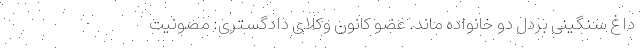
داغ سنگینی بردل دو خانواده ماند. عضو کانون وکلای دادگستری: مصونیت